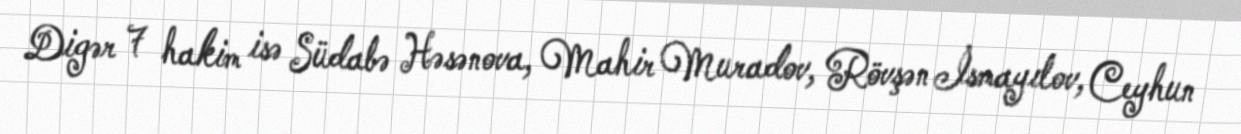
Digər 7 hakim isə Südabə Həsənova, Mahir Muradov, Rövşən İsmayılov, Ceyhun